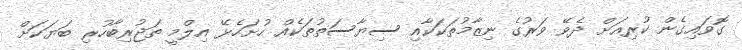
ގޮވައިގެން ކުރިއަށް ދެވޭ ވަރުގެ ނިޒާމުތަކަކާއި ސިޔާސަތުތަކެއް ހުށަހެޅޭ އިލްމީ ތަޖުރިބާހުރި ބަޔަކަށް